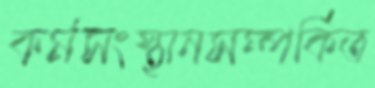
কর্মসংস্থানসম্পর্কিত